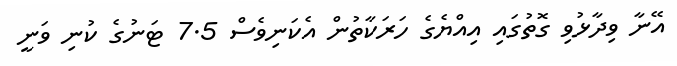
އޭނާ ވިދާޅުވި ގޮތުގައި އިއްޔެގެ ހަރަކާތުން އެކަނިވެސް 7.5 ޓަނުގެ ކުނި ވަނީ